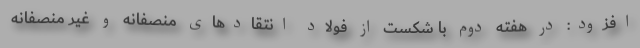
افزود: در هفته دوم با شکست از فولاد انتقادهای منصفانه و غیر منصفانه